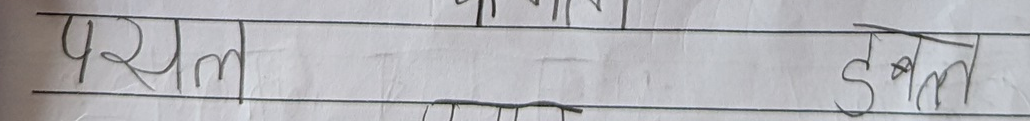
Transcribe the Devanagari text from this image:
परसल   डबल